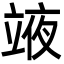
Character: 𮄳